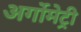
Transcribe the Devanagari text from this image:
अर्गोमेट्री